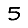
Digit: 5